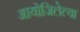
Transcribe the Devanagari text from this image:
आयोजिलेल्या